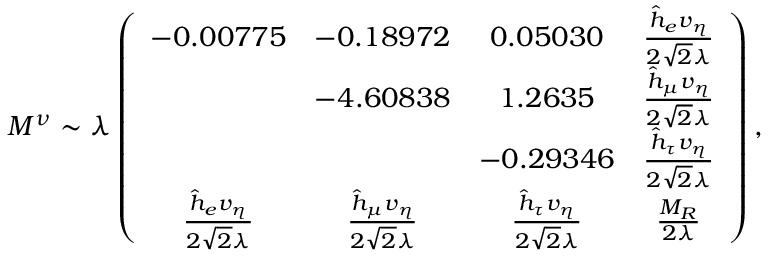
M ^ { \nu } \sim \lambda \left( \begin{array} { c c c c } { { - 0 . 0 0 7 7 5 } } & { { - 0 . 1 8 9 7 2 } } & { { 0 . 0 5 0 3 0 } } & { { \frac { \hat { h } _ { e } v _ { \eta } } { 2 \sqrt 2 \lambda } } } \\ { { } } & { { - 4 . 6 0 8 3 8 } } & { { 1 . 2 6 3 5 } } & { { \frac { \hat { h } _ { \mu } v _ { \eta } } { 2 \sqrt 2 \lambda } } } \\ { { } } & { { } } & { { - 0 . 2 9 3 4 6 } } & { { \frac { \hat { h } _ { \tau } v _ { \eta } } { 2 \sqrt 2 \lambda } } } \\ { { \frac { \hat { h } _ { e } v _ { \eta } } { 2 \sqrt 2 \lambda } } } & { { \frac { \hat { h } _ { \mu } v _ { \eta } } { 2 \sqrt 2 \lambda } } } & { { \frac { \hat { h } _ { \tau } v _ { \eta } } { 2 \sqrt 2 \lambda } } } & { { \frac { M _ { R } } { 2 \lambda } } } \end{array} \right) ,